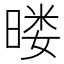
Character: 𰖚